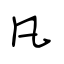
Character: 凡